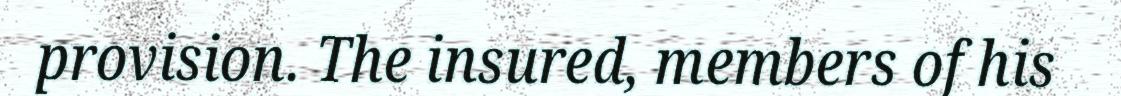
provision. The insured, members of his